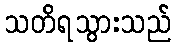
သတိရသွားသည်